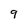
Character: 9